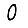
Digit: 0